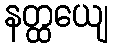
နတ္ထယျေ